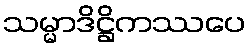
သမ္မာဒိဋ္ဌိကဿပေ